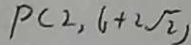
P ( 2 , 6 + 2 \sqrt { 2 } )